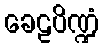
ခေဠပိဏ္ဍံ